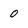
Character: 0